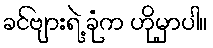
ခင်ဗျားရဲ့ ခုံက ဟိုမှာပါ။